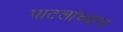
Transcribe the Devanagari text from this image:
पाटलांच्याच